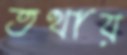
তথায়